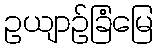
ဥယျာဉ်ခြံမြေ